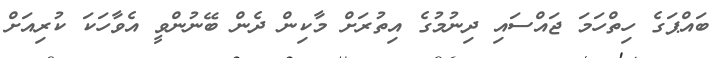
ބައްޕަގެ ހިތްހަމަ ޖައްސައި ދިނުމުގެ އިތުރަށް މާކިން ދެން ބޭނުންވީ އެވާހަކަ ކުރިއަށް